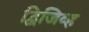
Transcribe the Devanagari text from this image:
द्विजिव्ह